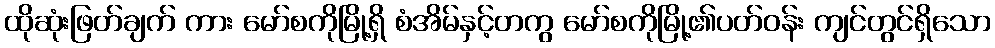
ထိုဆုံးဖြတ်ချက် ကား မော်စကိုမြို့ရှိ စံအိမ်နှင့်တကွ မော်စကိုမြို့၏ပတ်ဝန်း ကျင်တွင်ရှိသော